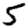
Digit: 5